Civil Veterinary Department Bihar & Orissa reports 1911-21 - 1911-1921
Year: 1911
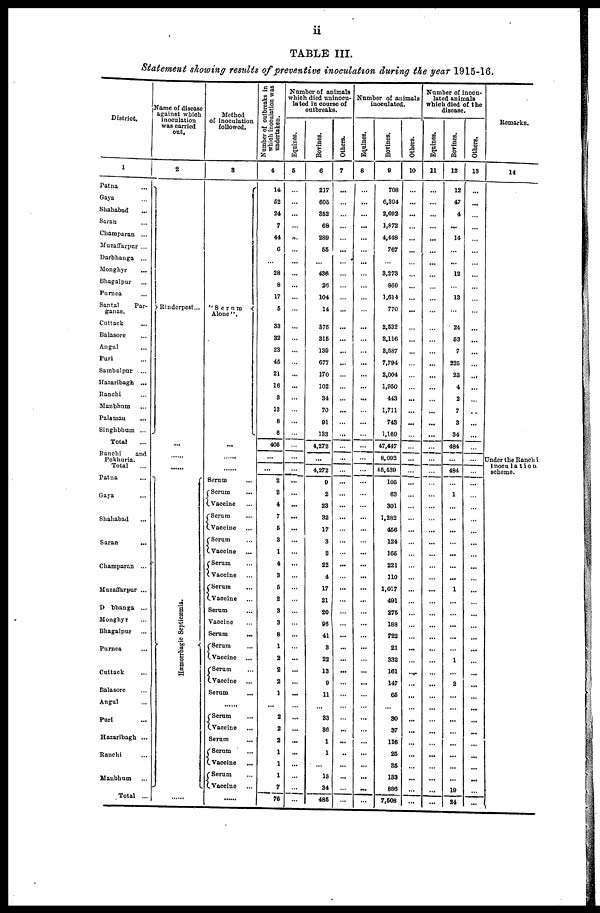
ii
TABLE III.
Statement showing results of preventive inoculation during the year 1915-16.
District.
1
Patna ...
Gaya ...
Shahabad ...
Saran ...
Champaran ...
Muzaffarpur ...
Darbhanga ...
Monghyr ...
Bhagalpur ...
Purnea ...
Santal
Par-
ganas.
Cuttack ...
Balasore ...
Angul ...
Purl
Sambalpur ...
Hazaribagh ...
Ranchi ...
Manbhum ...
Palamau ...
Singhbhum ...
Total ...
Ranchi
and
Pokharia.
Total
Patna ...
Gaya ...
Shahabad ...
Saran ...
Champaran ...
Muzaffarpur ...
Darbhanga ...
Monghyr
Bhagalpur ...
Purnea ...
Cuttack ...
Balasore ...
Angul ...
Puri ...
Hazaribagh ...
Ranchi ...
Manbhum ...
Total ...
Name of disease
against which
inoculation
was carried
out.
2
Rinderpest...
...
......
......
Hæmorrhogic Sc pt i
c æmi a .
......
Method
of inoculation
followed.
3
''Serum
Alone ".
...
Serum ...
Serum ...
Vaccine ...
Serum ...
Vaccine ...
Serum ...
Vaccine ...
Serum ...
Vaccine ...
Serum ...
Vaccine ...
Serum
Vaccine
Serum ...
Serum ...
Vaccine ...
Serum ...
Vaccine ...
Serum ...
......
Serum ...
Vaccine ...
Serum
Serum ...
Vaccine ...
Serum ...
Vaccine ...
Number of outbreaks in
which
inoculation was
undertaken.
4
14
62
24
7
41
0
...
28
8
17
6
33
32
23
46
21
16
3
13
...
8
6
406
2
2
4
7
6
3
1
4
3
6
2
3
3
8
1
2
2
2
1
...
2
2
2
1
1
1
7
76
Number of animals
which died uninocu-
lated in course of
outbreaks.
Equines.
6
...
...
...
...
...
...
...
...
...
...
...
...
...
...
...
...
...
...
...
...
...
...
...
-
...
...
...
...
...
...
...
...
...
...
...
...
...
...
...
...
...
...
...
...
...
...
...
...
...
...
...
...
...
Bovines.
6
217
605
362
68
289
66
...
436
26
104
14
375
316
130
677
170
102
34
70
01
133
4,272
...
4,272
0
2
23
32
17
3
2
22
4
17
21
20
96
41
3
22
13
9
11
...
33
36
1
1
...
13
34
486
Others.
7
...
...
...
...
...
...
...
...
...
...
...
...
...
...
...
...
...
...
...
...
... ...
...
...
...
... ...
...
...
...
...
...
...
...
...
...
...
...
...
...
...
...
...
...
...
...
...
...
...
..
...
...
...
...
Number of animals
inoculated.
Equines.
8
...
...
...
...
...
...
...
...
...
...
...
...
...
...
...
...
...
...
...
...
... ...
...
...
...
... ...
...
...
...
...
...
...
...
...
...
...
...
...
...
...
...
...
...
...
...
...
...
...
...
...
...
...
...
Bovines.
9
708
0,304
2,692
1,872
4,448
767
...
3,273
800
1,614
770
2,532
2,116
3,587
7,794
2,004
1,950
443
1,711
743
1,169
47,447
8,002
55,539
105
63
301
1,282
466
124
165
221
110
1,017
491
276
188
722
21
332
161
147
66
...
30
37
116
26
35
133
886
7,608
Others.
10
...
...
...
...
...
...
...
...
...
...
...
...
...
...
...
...
...
...
...
...
...
...
...
...
...
... ...
...
...
...
...
...
...
...
...
...
...
...
...
...
...
...
...
...
...
...
...
...
...
...
...
...
...
...
Number of inocu-
lated animals
which died of the
disease.
Equines.
11
...
...
...
...
...
...
...
...
...
...
...
...
...
...
...
...
...
...
...
...
... ...
...
...
...
... ...
...
...
...
...
...
...
...
...
...
...
...
...
...
...
...
...
...
...
...
...
...
...
...
...
...
...
...
Bovines.
12
12
47
4
...
14
...
...
12
...
13
...
24
63
7
225
23
4
2
7
3
34
484
...
484
...
1
...
...
...
...
...
...
...
1
...
...
...
...
...
1
...
2
...
...
...
...
...
...
...
...
19
84
Others.
13
...
...
...
...
...
...
...
...
...
...
...
...
...
...
...
...
...
...
...
...
... ...
...
...
...
... ...
...
...
...
...
...
...
...
...
...
...
...
...
...
...
...
...
...
...
...
...
...
...
...
...
...
...
...
Remarks.
14
Under the Ranchi
Inoculation
scheme.